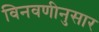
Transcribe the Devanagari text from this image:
विनवणीनुसार